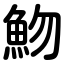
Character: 魩